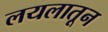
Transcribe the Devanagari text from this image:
लयलातून